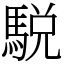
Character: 駾